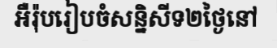
អឺរ៉ុបរៀបចំសន្និសីទ២ថ្ងៃនៅ